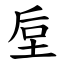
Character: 垕